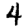
Digit: 4